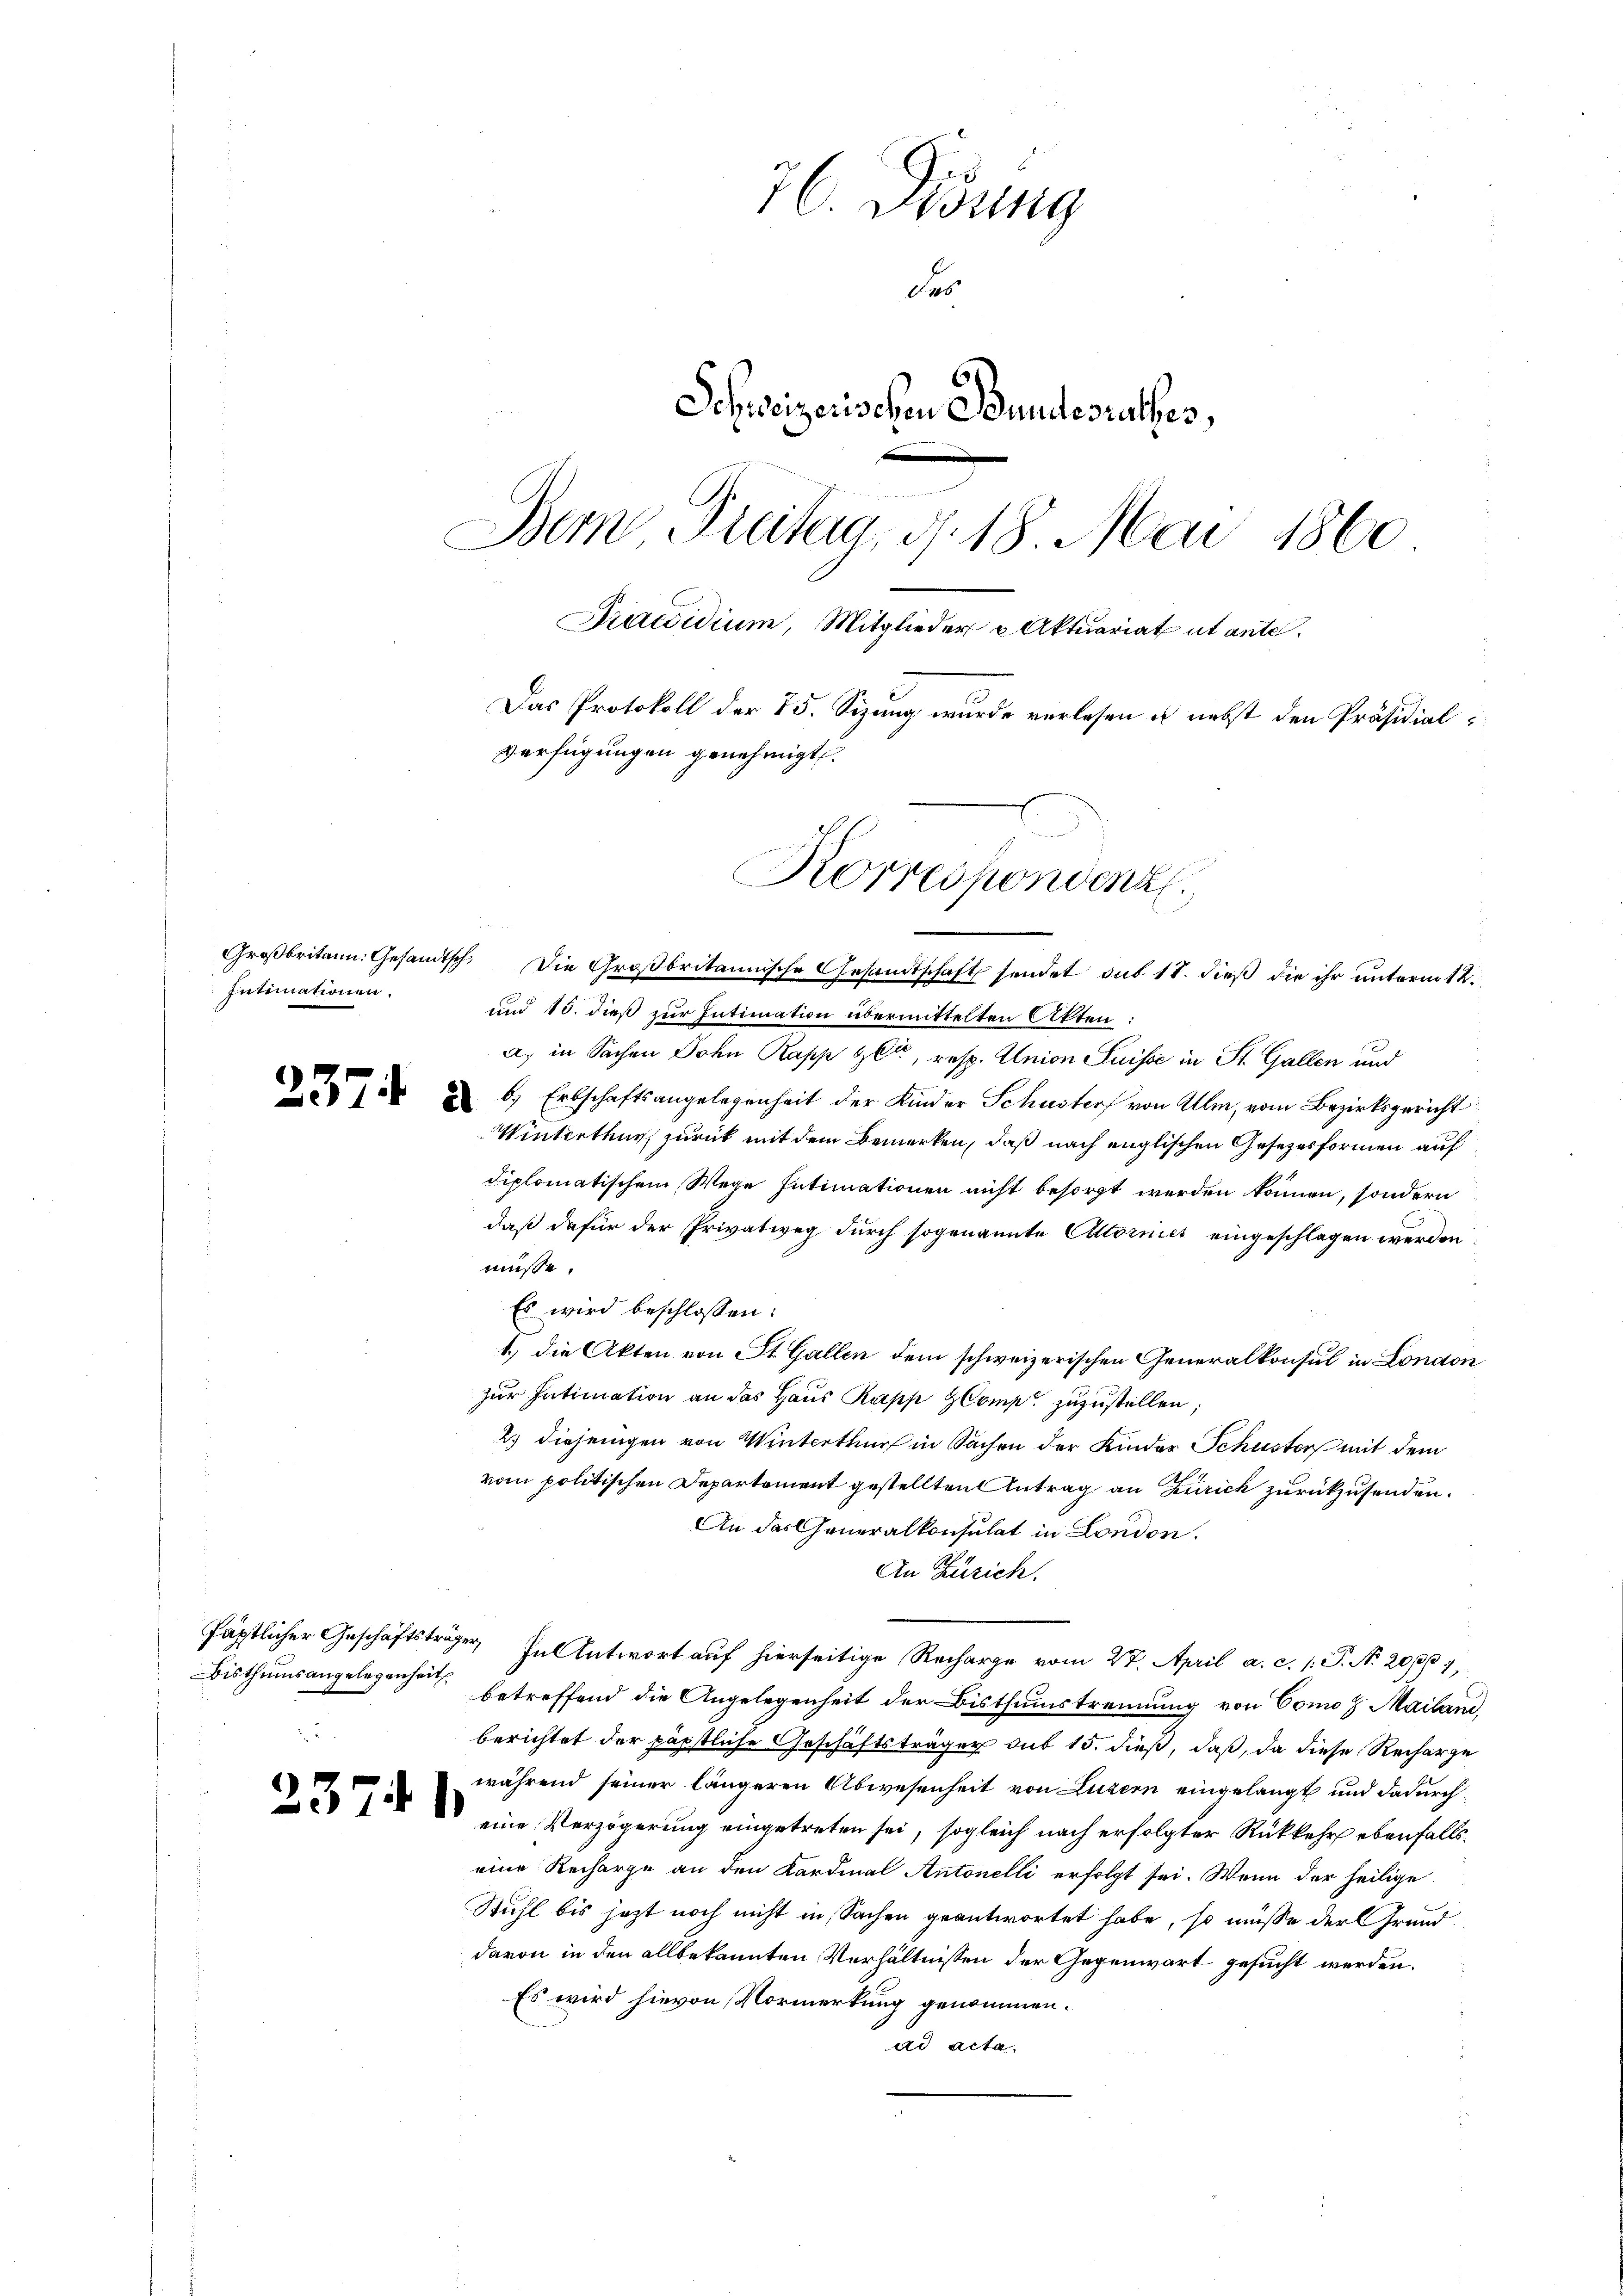
Intimationen.

Bisthumsangelegenheit

76. Didung
de
Schweizerischen Bundesrathes,
Bem Freitag, d. 18 Mai 1860
Präsidium, Mitglieder u Aktuariat ut ante.
Das Protokoll der 75. Sizung wurde verlesen u nebst den Präsidialverfügungen genehmigt.

Großbritann: Gesandtsch. Die Großbritannische Gesandtschaft sendet sub 18. dieß die ihr unterm 12.
und 13. dieß zur Intimation übermittelten Akten:
a) in Sachen John Papp Gla, resp. Union Suisse in St. Gallen und
 u 6., Erbschaftsangelegenheit der Kinder Schuster von Ulm, vom Bezirksgericht
Winterthur zurück mit dem Bemerken, daß nach englischen Gesezesformen auf
diplomatischem Wege Intimationen nicht besorgt werden können, sondern
daß dafür der Privatweg durch sogenannte Autornies eingeschlagen werden:
müsse.
Es wird beschlossen:
1) die Akten von St. Gallen dem schweizerischen Generalkonsul in London
zur Intimation an das Haus Papp Comp. zuzustellen;
2.) Diejenigen von Winterthur in Sachen der Kinder Schuster mit dem
vom politischen Departement gestellten Antrag an Zürich zurückzusenden.
An das Generalkonsulat in London,
An Zürich.
Päpstlicher Geschäftsträger, In Antwort auf hierseitige Recharge vom 27. April a. c. 1. P. N. 20 pp 1,
betreffend die Angelegenheit der Bisthumstrennung von Como z Mailand,
berichtet der päpstliche Geschäftsträger sub 15. dieß, daß, da diese Recharge
während seiner längeren Abwesenheit von Luzern eingelangt und dadurch
7  eine Verzögerung eingetreten sei, sogleich nach erfolgter Rückkehr ebenfalls.
eine Recharge an den Kardinal Antonelli erfolgt sei. Wenn der heilige
Stuhl bis jetzt noch nicht in Sachen geantwortet habe, so müsse der Grunddavon in den allbekannten Verhältnissen der Gegenwart gesucht werden.
Es wird hievon Vormerkung genommen.
ad acta.

Korrespondenz.